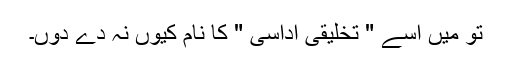
تو میں اسے " تخلیقی اداسی " کا نام کیوں نہ دے دوں۔